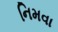
નિમવા